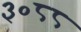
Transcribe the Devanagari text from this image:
३०८८